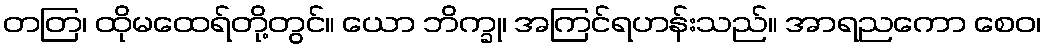
တတြ၊ ထိုမထေရ်တို့တွင်။ ယော ဘိက္ခု၊ အကြင်ရဟန်းသည်။ အာရညကော စေဝ၊